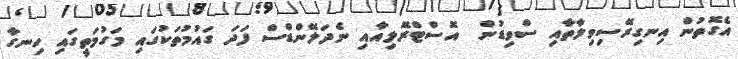
އެގޮތުން އިނގިރޭސިވިލާތާއި ސްވިޑުން  އޮސްޓްރޭލިއާއި ނެދަލޭންޑްސް ފަދަ ގައުމުތަކުގައި މަގުމަތީގައި ހިނގާ